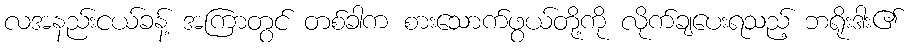
လအနည်းငယ်ခန့် အကြာတွင် တစ်ခါက စားသောက်ဖွယ်တို့ကို လိုက်ချပေးရသည့် ဘရိုးဒါး၏